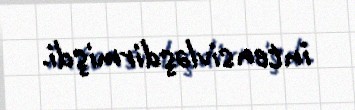
intensivləşdirmişdi.